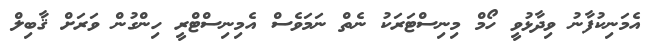
އެމަނިކުފާނު ވިދާޅުވީ ހޯމް މިނިސްޓަރަކު ނެތް ނަމަވެސް އެމިނިސްޓްރީ ހިންގުން ވަރަށް ޤާބިލް